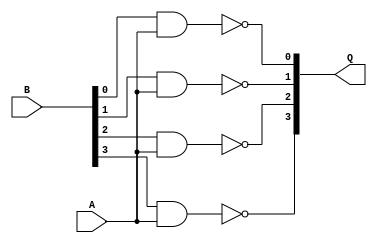
`timescale 1ns / 1ps
//////////////////////////////////////////////////////////////////////////////////
// Company: 
// Engineer: 
// 
// Design Name: 
// Module Name: NNANDS
// Project Name: 
// Target Devices: 
// Tool Versions: 
// Description: 
// 
// Dependencies: 
// 
// Revision:
// Revision 0.01 - File Created
// Additional Comments:
// 
//////////////////////////////////////////////////////////////////////////////////


module NANDS(A,B,Q);
input wire A;
input wire [3:0] B;
output wire [3:0] Q;

assign Q[0] = !(B[0] & A);
assign Q[1] = !(B[1] & A);
assign Q[2] = !(B[2] & A);
assign Q[3] = !(B[3] & A);
    
endmodule